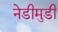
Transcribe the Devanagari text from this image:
नेडीमुडी